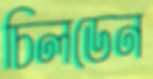
চিলডেন